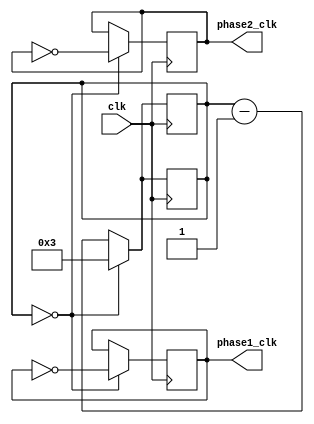
module multi_phase_clock_divider (
  input wire clk,
  output reg [N-1:0] phase1_clk,
  output reg [N-1:0] phase2_clk,
  // add more phase outputs as needed
);

parameter N = 4; // N-bit counter
reg [N-1:0] counter;

always @(posedge clk) begin
  if (counter == 0) begin
    counter <= N-1;
    phase1_clk <= ~phase1_clk;
  end else begin
    counter <= counter - 1;
  end
end

always @(posedge clk) begin
  if (counter == 0) begin
    counter <= N-1;
    phase2_clk <= ~phase2_clk;
  end else begin
    counter <= counter - 1;
  end
end

// add more phases here

endmodule